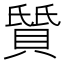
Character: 𫎛